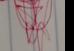
Signature authenticity: genuine